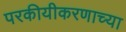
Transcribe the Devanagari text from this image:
परकीयीकरणाच्या